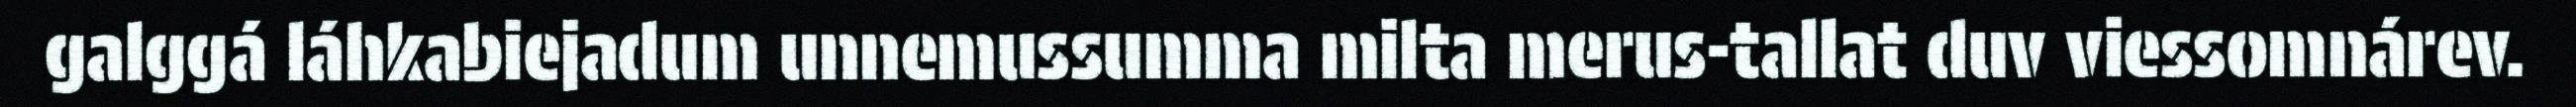
galggá láhkabiejadum unnemussumma milta merus-tallat duv viessomnárev.